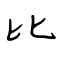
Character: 比